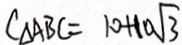
C _ { \Delta A B C } = 1 0 + 1 0 \sqrt { 3 }